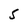
Character: 5